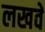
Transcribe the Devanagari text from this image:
लखवें